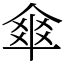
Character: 𠌂